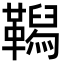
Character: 𩍆